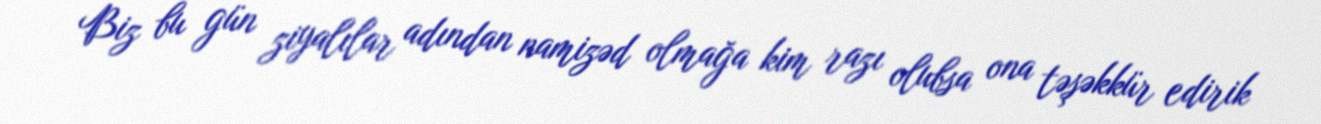
Biz bu gün ziyalılar adından namizəd olmağa kim razı olubsa ona təşəkkür edirik